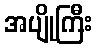
အပျိုကြီး